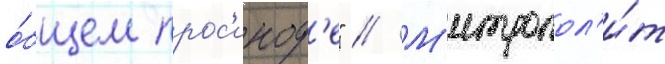
о́бщем прос'инод'е" // М'итропол'и́т